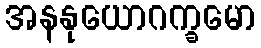
အနနုယောဂက္ခမော